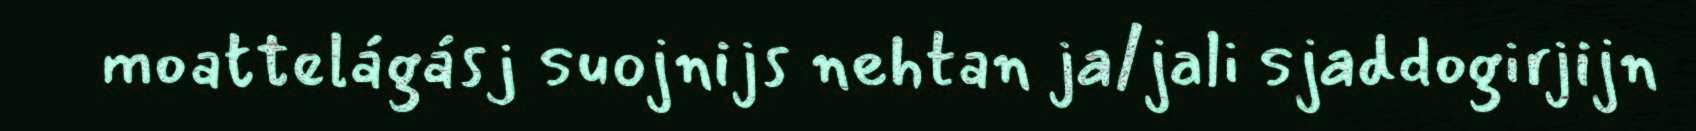
moattelágásj suojnijs nehtan ja/jali sjaddogirjijn